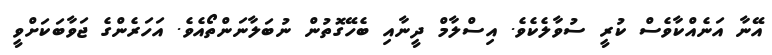
އޭނާ އަނެއްކާވެސް ކުރީ ސުވާލެކެވެ. އިސްލާމް ދީނާއި ބެހޭގޮތުން ނުބަލާނަންތޯއެވެ. އަހަރެންގެ ޖަވާބަކަށްވީ